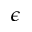
\epsilon